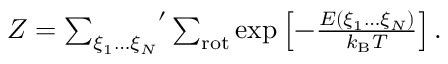
\begin{array} { r } { Z = { \sum _ { \xi _ { 1 } \ldots \xi _ { N } } } ^ { \prime } \sum _ { \mathrm { r o t } } \exp \left[ - \frac { E ( \xi _ { 1 } \ldots \xi _ { N } ) } { k _ { \mathrm { B } } T } \right] . } \end{array}